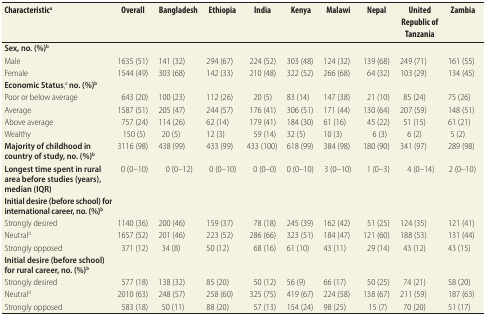
<table><thead><tr><td><b>Characteristic<sup>a</sup></b></td><td><b>Overall</b></td><td><b>Bangladesh</b></td><td><b>Ethiopia</b></td><td><b>India</b></td><td><b>Kenya</b></td><td><b>Malawi</b></td><td><b>Nepal</b></td><td><b>United Republic of Tanzania</b></td><td><b>Zambia</b></td></tr></thead><tbody><tr><td><b>Sex, no. (%)<sup>b</sup></b></td><td></td><td></td><td></td><td></td><td></td><td></td><td></td><td></td><td></td></tr><tr><td>Male</td><td>1635 (51)</td><td>141 (32)</td><td>294 (67)</td><td>224 (52)</td><td>303 (48)</td><td>124 (32)</td><td>139 (68)</td><td>249 (71)</td><td>161 (55)</td></tr><tr><td>Female</td><td>1544 (49)</td><td>303 (68)</td><td>142 (33)</td><td>210 (48)</td><td>322 (52)</td><td>266 (68)</td><td>64 (32)</td><td>103 (29)</td><td>134 (45)</td></tr><tr><td><b>Economic Status</b>,<b><sup>c</sup> no. (%)<sup>b</sup></b></td><td></td><td></td><td></td><td></td><td></td><td></td><td></td><td></td><td></td></tr><tr><td>Poor or below average</td><td>643 (20)</td><td>100 (23)</td><td>112 (26)</td><td>20 (5)</td><td>83 (14)</td><td>147 (38)</td><td>21 (10)</td><td>85 (24)</td><td>75 (26)</td></tr><tr><td>Average</td><td>1587 (51)</td><td>205 (47)</td><td>244 (57)</td><td>176 (41)</td><td>306 (51)</td><td>171 (44)</td><td>130 (64)</td><td>207 (59)</td><td>148 (51)</td></tr><tr><td>Above average</td><td>757 (24)</td><td>114 (26)</td><td>62 (14)</td><td>179 (41)</td><td>184 (30)</td><td>61 (16)</td><td>45 (22)</td><td>51 (15)</td><td>61 (21)</td></tr><tr><td>Wealthy</td><td>150 (5)</td><td>20 (5)</td><td>12 (3)</td><td>59 (14)</td><td>32 (5)</td><td>10 (3)</td><td>6 (3)</td><td>6 (2)</td><td>5 (2)</td></tr><tr><td><b>Majority of childhood in country of study, no. (%)<sup>b</sup></b></td><td>3116 (98)</td><td>438 (99)</td><td>433 (99)</td><td>433 (100)</td><td>618 (99)</td><td>384 (98)</td><td>180 (90)</td><td>341 (97)</td><td>289 (98)</td></tr><tr><td><b>Longest time spent in rural area before studies (years), median (IQR)</b></td><td>0 (0–10)</td><td>0 (0–12)</td><td>0 (0–10)</td><td>0 (0–0)</td><td>0 (0–10)</td><td>3 (0–10)</td><td>1 (0–3)</td><td>4 (0–14)</td><td>2 (0–10)</td></tr><tr><td><b>Initial desire (before school) for international career, no. (%)<sup>b</sup></b></td><td></td><td></td><td></td><td></td><td></td><td></td><td></td><td></td><td></td></tr><tr><td>Strongly desired</td><td>1140 (36)</td><td>200 (46)</td><td>159 (37)</td><td>78 (18)</td><td>245 (39)</td><td>162 (42)</td><td>51 (25)</td><td>124 (35)</td><td>121 (41)</td></tr><tr><td>Neutral<sup>d</sup></td><td>1657 (52)</td><td>201 (46)</td><td>223 (52)</td><td>286 (66)</td><td>323 (51)</td><td>184 (47)</td><td>121 (60)</td><td>188 (53)</td><td>131 (44)</td></tr><tr><td>Strongly opposed</td><td>371 (12)</td><td>34 (8)</td><td>50 (12)</td><td>68 (16)</td><td>61 (10)</td><td>43 (11)</td><td>29 (14)</td><td>43 (12)</td><td>43 (15)</td></tr><tr><td><b>Initial desire (before school) for rural career, no. (%)<sup>b</sup></b></td><td></td><td></td><td></td><td></td><td></td><td></td><td></td><td></td><td></td></tr><tr><td>Strongly desired</td><td>577 (18)</td><td>138 (32)</td><td>85 (20)</td><td>50 (12)</td><td>56 (9)</td><td>66 (17)</td><td>50 (25)</td><td>74 (21)</td><td>58 (20)</td></tr><tr><td>Neutral<sup>d</sup></td><td>2010 (63)</td><td>248 (57)</td><td>258 (60)</td><td>325 (75)</td><td>419 (67)</td><td>224 (58)</td><td>138 (67)</td><td>211 (59)</td><td>187 (63)</td></tr><tr><td>Strongly opposed</td><td>583 (18)</td><td>50 (11)</td><td>88 (20)</td><td>57 (13)</td><td>154 (24)</td><td>98 (25)</td><td>15 (7)</td><td>70 (20)</td><td>51 (17)</td></tr></tbody></table>